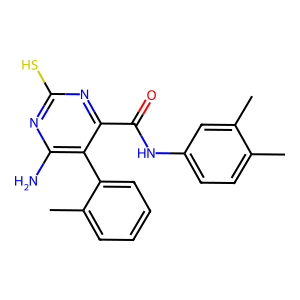
SMILES: Cc1ccc(NC(=O)c2nc(S)nc(N)c2-c2ccccc2C)cc1C
Inhibits HIV replication: No